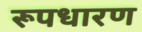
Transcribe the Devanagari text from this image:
रूपधारण